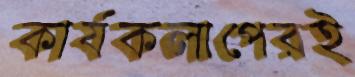
কার্যকলাপেরই